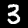
Label: 3